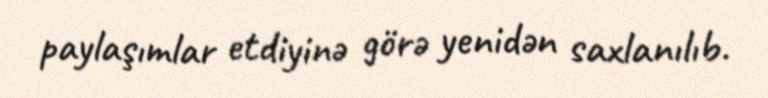
paylaşımlar etdiyinə görə yenidən saxlanılıb.